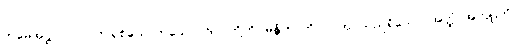
ဣမေအဋ္ဌပုဂ္ဂလာ၊ ဤရှစ်ယောက်သောပုဂ္ဂိုလ်တို့ကို။ မန္တိတံ၊ တိုင်ပင်အပ်သည်ရှိသော်။ အတ္ထံ၊ အကျိုးကို။